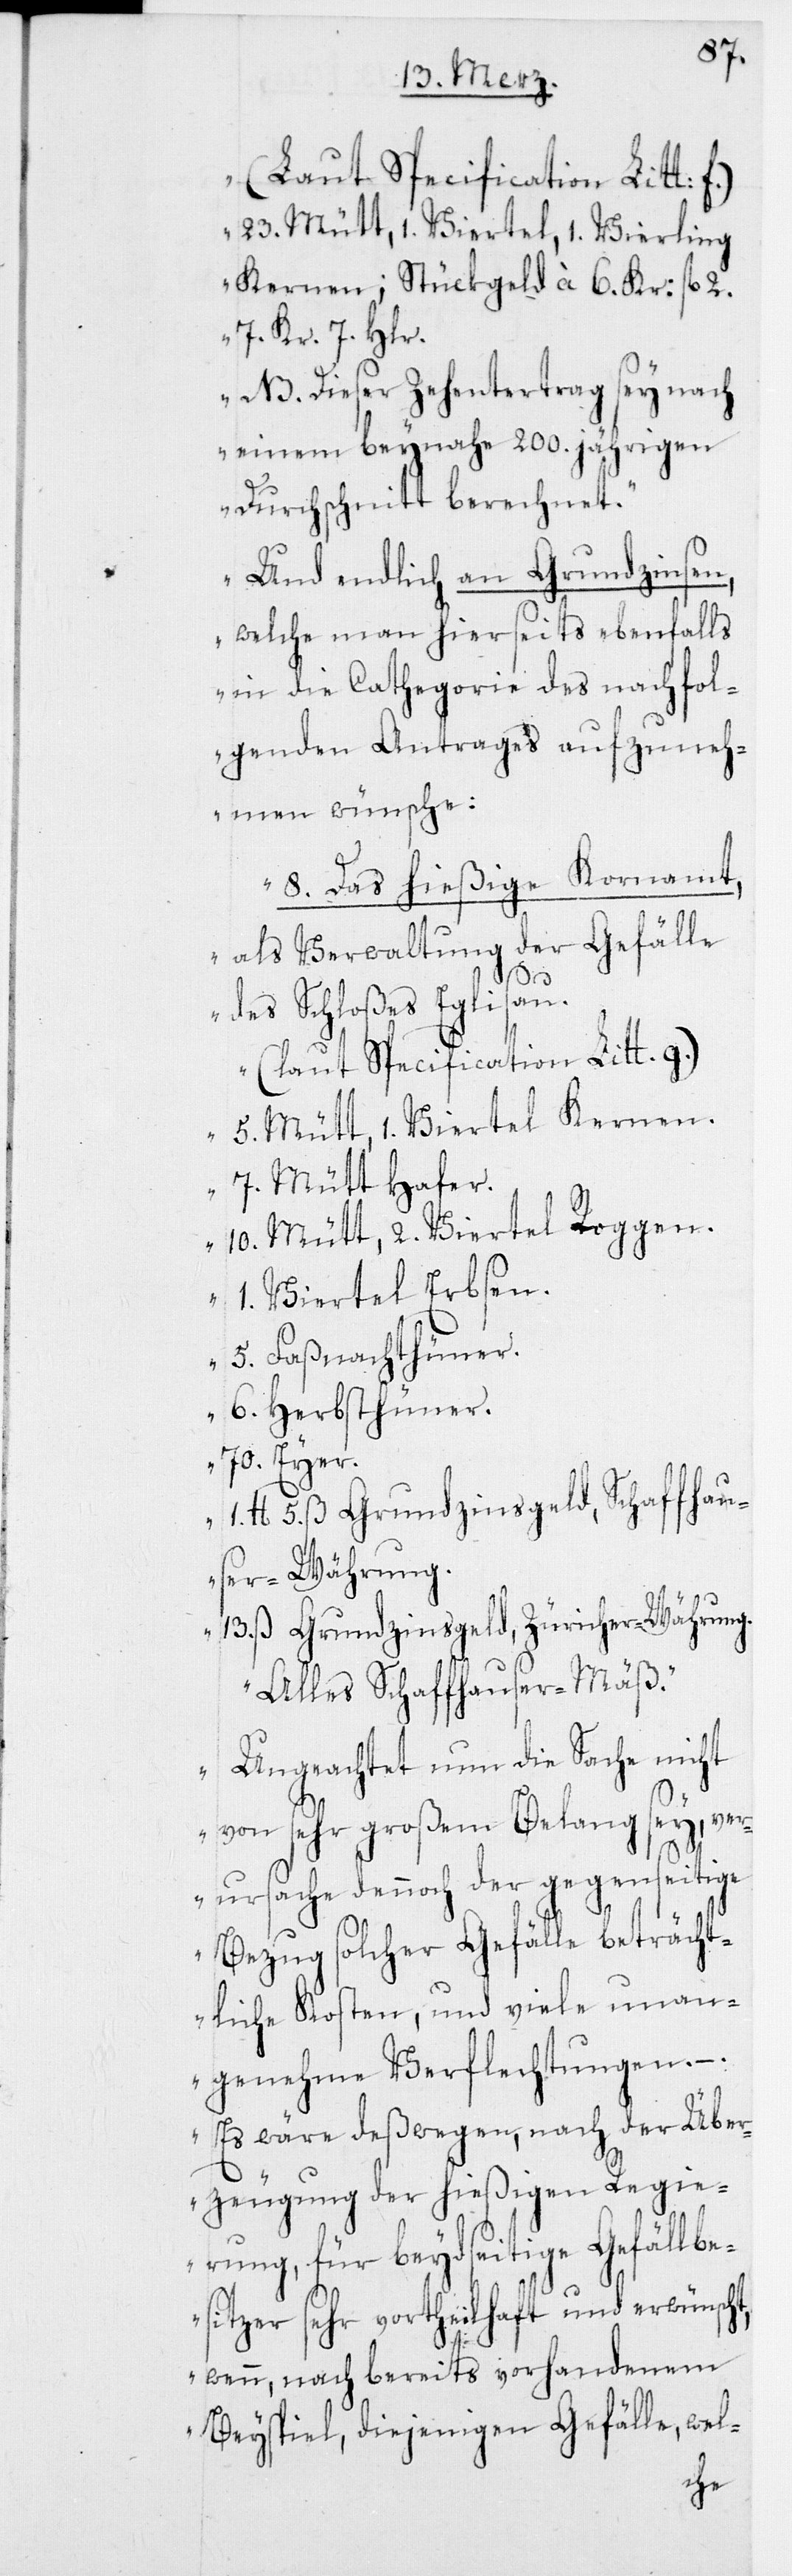
23. Mütt, 1. Viertel, 1. Vierling
Kernen; Stückgeld à 6. Kr: fl. 2.
7. Kr. 7. Hlr.
NB. Dieser Zehentertrag sey nach
einem beynahe 200. jährigen
Durchschnitt berechnet.
Und endlich an Grundzinsen,
welche man hierseits ebenfalls
in die Cathegorie des nachfol¬
genden Antrages aufzuneh¬
men wünsche:
8. Das hießige Kornamt,
als Verwaltung der Gefälle
des Schloßes Eglisau.
(laut Specification Litt. g.)
5. Mütt, 1. Viertel Kernen.
7. Mütt Hafer.
10. Mütt, 2. Viertel Roggen.
1. Viertel Erbsen.
1.
5. Faßnachthüner.
6. Herbsthüner.
70. Eyer.
5. ß Grundzinsgeld Schaffhau¬
ser-Währung.
13. ß Grundzinsgeld, Züricher-Währung.
Alles Schaffhauser-Mäß.
Ungeachtet nun die Sache nicht
von sehr großem Belang sey, ver¬
ursache dennoch der gegenseitige
Bezug solcher Gefälle beträcht¬
liche Kosten, und viele unan¬
genehme Verflechtungen.
Es wäre deßwegen, nach der Über¬
zeugung der hießigen Regie¬
rung, für beydseitige Gefällbe¬
sitzer sehr vortheilhaft und erwünscht,
wenn, nach bereits vorhandenem
Beyspiel, diejenigen Gefälle, wel-